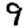
Digit: 9